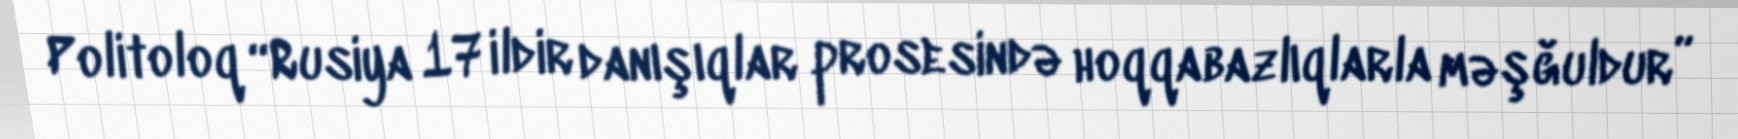
Politoloq “Rusiya 17 ildir danışıqlar prosesində hoqqabazlıqlarla məşğuldur”